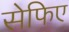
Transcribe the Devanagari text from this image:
सेफिए